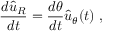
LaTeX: { \frac { d { \hat { u } } _ { R } } { d t } } = { \frac { d \theta } { d t } } { \hat { u } } _ { \theta } ( t ) \ ,